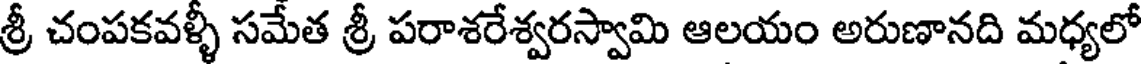
శ్రీ చంపకవళ్ళీ సమేత శ్రీ పరాశరేశ్వరస్వామి ఆలయం అరుణానది మధ్యలో